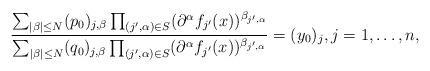
LaTeX: \begin{align*} \frac{\sum_{|\beta| \leq N} (p_0)_{j,\beta} \prod_{(j',\alpha) \in S} (\partial^\alpha f_{j'}(x))^{\beta_{j',\alpha}}}{\sum_{|\beta| \leq N} (q_0)_{j,\beta} \prod_{(j',\alpha) \in S} (\partial^\alpha f_{j'}(x))^{\beta_{j',\alpha}}} = (y_0)_j, j = 1,\ldots,n, \end{align*}